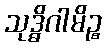
သုဒ္ဓိဂါမိဉ္စ